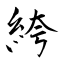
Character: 絝